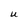
Character: U